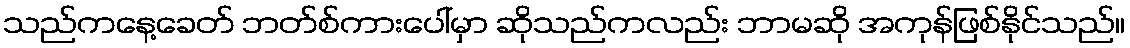
သည်ကနေ့ခေတ် ဘတ်စ်ကားပေါ်မှာ ဆိုသည်ကလည်း ဘာမဆို အကုန်ဖြစ်နိုင်သည်။